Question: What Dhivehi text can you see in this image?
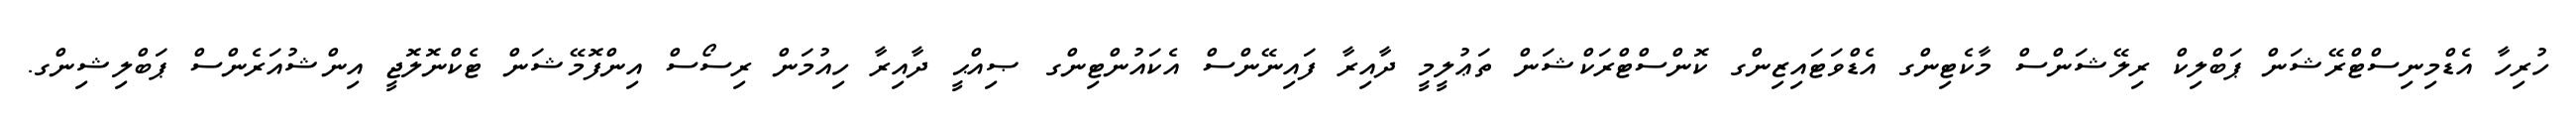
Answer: ހުރިހާ އެޑްމިނިސްޓްރޭޝަން ޕަބްލިކް ރިލޭޝަންސް މާކެޓިންގ އެޑްވަޓައިޒިންގ ކޮންސްޓްރަކްޝަން ތަޢުލީމީ ދާއިރާ ފައިނޭންސް އެކައުންޓިންގ ޞިއްޙީ ދާއިރާ ހިއުމަން ރިސޯސް އިންފޮމޭޝަން ޓެކްނޮލޮޖީ އިންޝުއަރެންސް ޕަބްލިޝިންގ.